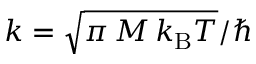
k = \sqrt { \pi \, M \, k _ { \mathrm { B } } T } / \hbar